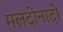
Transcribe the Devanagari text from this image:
मलदोनादो